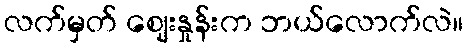
လက်မှတ် ဈေးနှုန်းက ဘယ်လောက်လဲ။